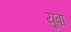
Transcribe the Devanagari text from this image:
युबा